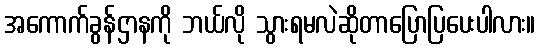
အကောက်ခွန်ဌာနကို ဘယ်လို သွားရမလဲဆိုတာပြောပြပေးပါလား။